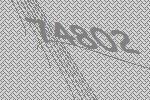
74802